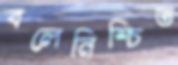
বলেনিশ্চিত